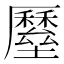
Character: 𡓸